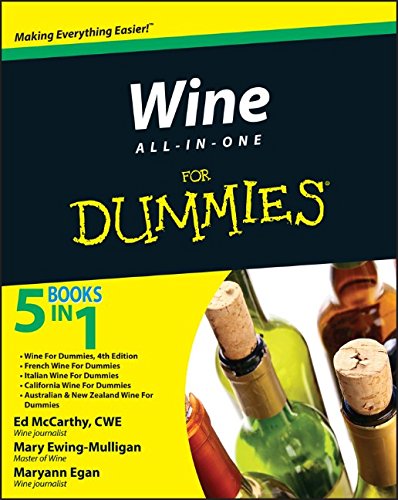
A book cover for Wine All-in-One For Dummies; Ed McCarthy; Cookbooks, Food & Wine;